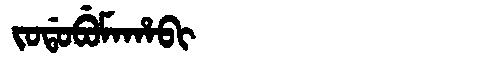
Manchu: ᠵᠣᡩᠣᠪᡠᠮᠠᡥᠠᠪᡳ
Romanization: JODOBUMAHABI